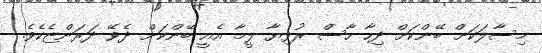
މިސާލަކަށް ބޭންކަށް ދިހާ ހާސް ރުފިޔާ ލީމާ އެއީ ބޭންކަށް ދެވޭ ދަރަންޏެކެވެ.